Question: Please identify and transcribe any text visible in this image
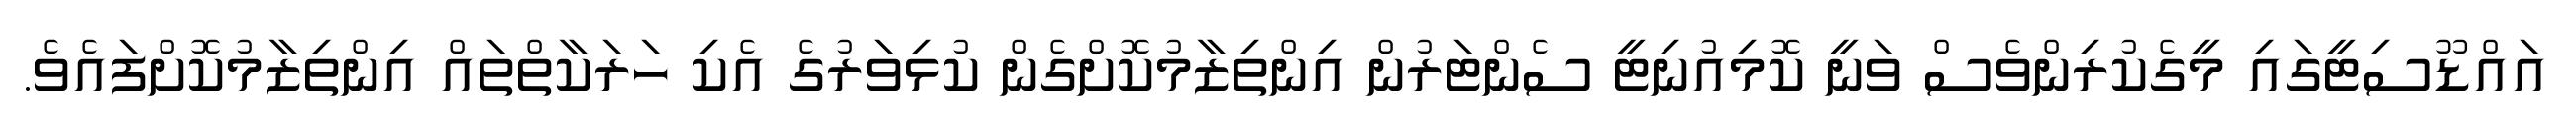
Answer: އައްޑޫސިޓީގައި މީގެކުރިންވެސް ވަނީ ކޮމިއުނިޓީ ސެންޓަރުން އިންތިޒާމުކޮށްގެން ކުޅިވަރުގެ އެކި ހަރަކާތްތައް އިންތިޒާމުކޮށްފައެވެ.